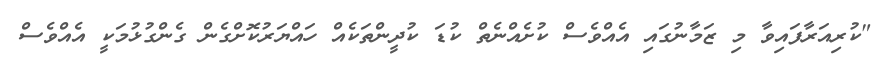
"ކުރިއަރާފައިވާ މި ޒަމާނުގައި އެއްވެސް ކުށެއްނެތް ކުޑަ ކުދީންތަކެއް ހައްޔަރުކޮށްގެން ގެންގުޅުމަކީ އެއްވެސް